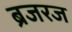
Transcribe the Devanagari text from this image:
ब्रजरज